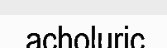
acholuric